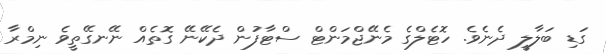
ގަޑި ބަލާލީ ދެނެވެ. ހޮޓެލްގެ މެނޭޖްމަންޓް ސްޓާފުން ދެކޭނޭ ގޮތެއް ނޭނގޭތީވެ ނިމްރާ